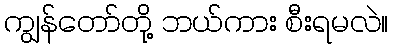
ကျွန်တော်တို့ ဘယ်ကား စီးရမလဲ။